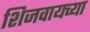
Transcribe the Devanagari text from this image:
शिजवायच्या